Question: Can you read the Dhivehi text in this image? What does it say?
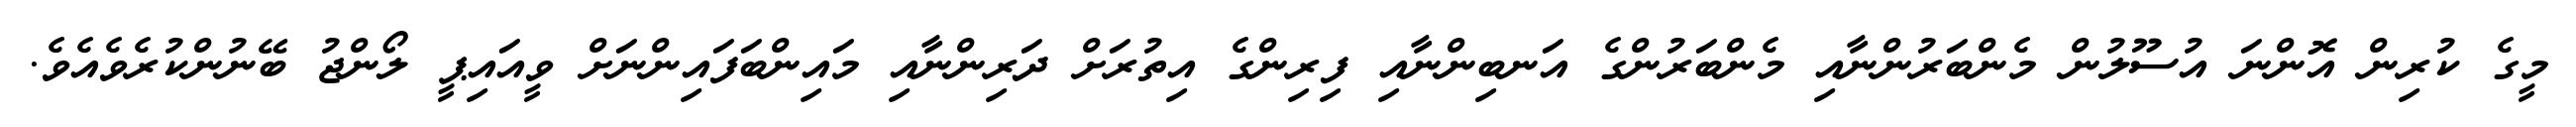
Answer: މީގެ ކުރިން އޮންނަ އުސޫލުން މެންބަރުންނާއި މެންބަރުންގެ އަނބިންނާއި ފިރިންގެ އިތުރަށް ދަރިންނާއި މައިންބަފައިންނަށް ވީއައިޕީ ލޯންޖު ބޭނުންކުރެވެއެވެ.